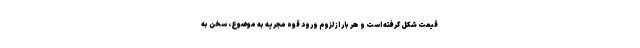
قیمت شکل گرفته است و هر بار از لزوم ورود قوه مجریه به موضوع، سخن به